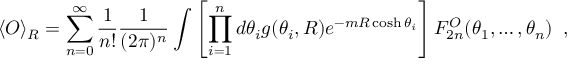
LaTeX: \langle { \cal O } \rangle _ { R } = \sum _ { n = 0 } ^ { \infty } \frac { 1 } { n ! } \frac { 1 } { ( 2 \pi ) ^ { n } } \int \left[ \prod _ { i = 1 } ^ { n } d \theta _ { i } g ( \theta _ { i } , R ) e ^ { - m R \cosh \theta _ { i } } \right] { \cal F } _ { 2 n } ^ { \cal O } ( \theta _ { 1 } , \ldots , \theta _ { n } ) \, \, \, ,